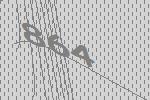
864